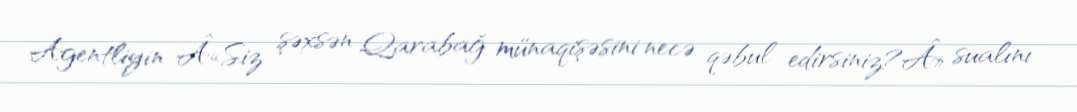
Agentliyin Â«Siz şəxsən Qarabağ münaqişəsini necə qəbul edirsiniz?Â» sualını